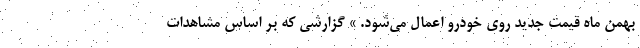
بهمن ماه قیمت جدید روی خودرو اعمال می‌شود. » گزارشی که بر اساس مشاهدات